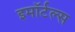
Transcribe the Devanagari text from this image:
इमॉर्टल्स